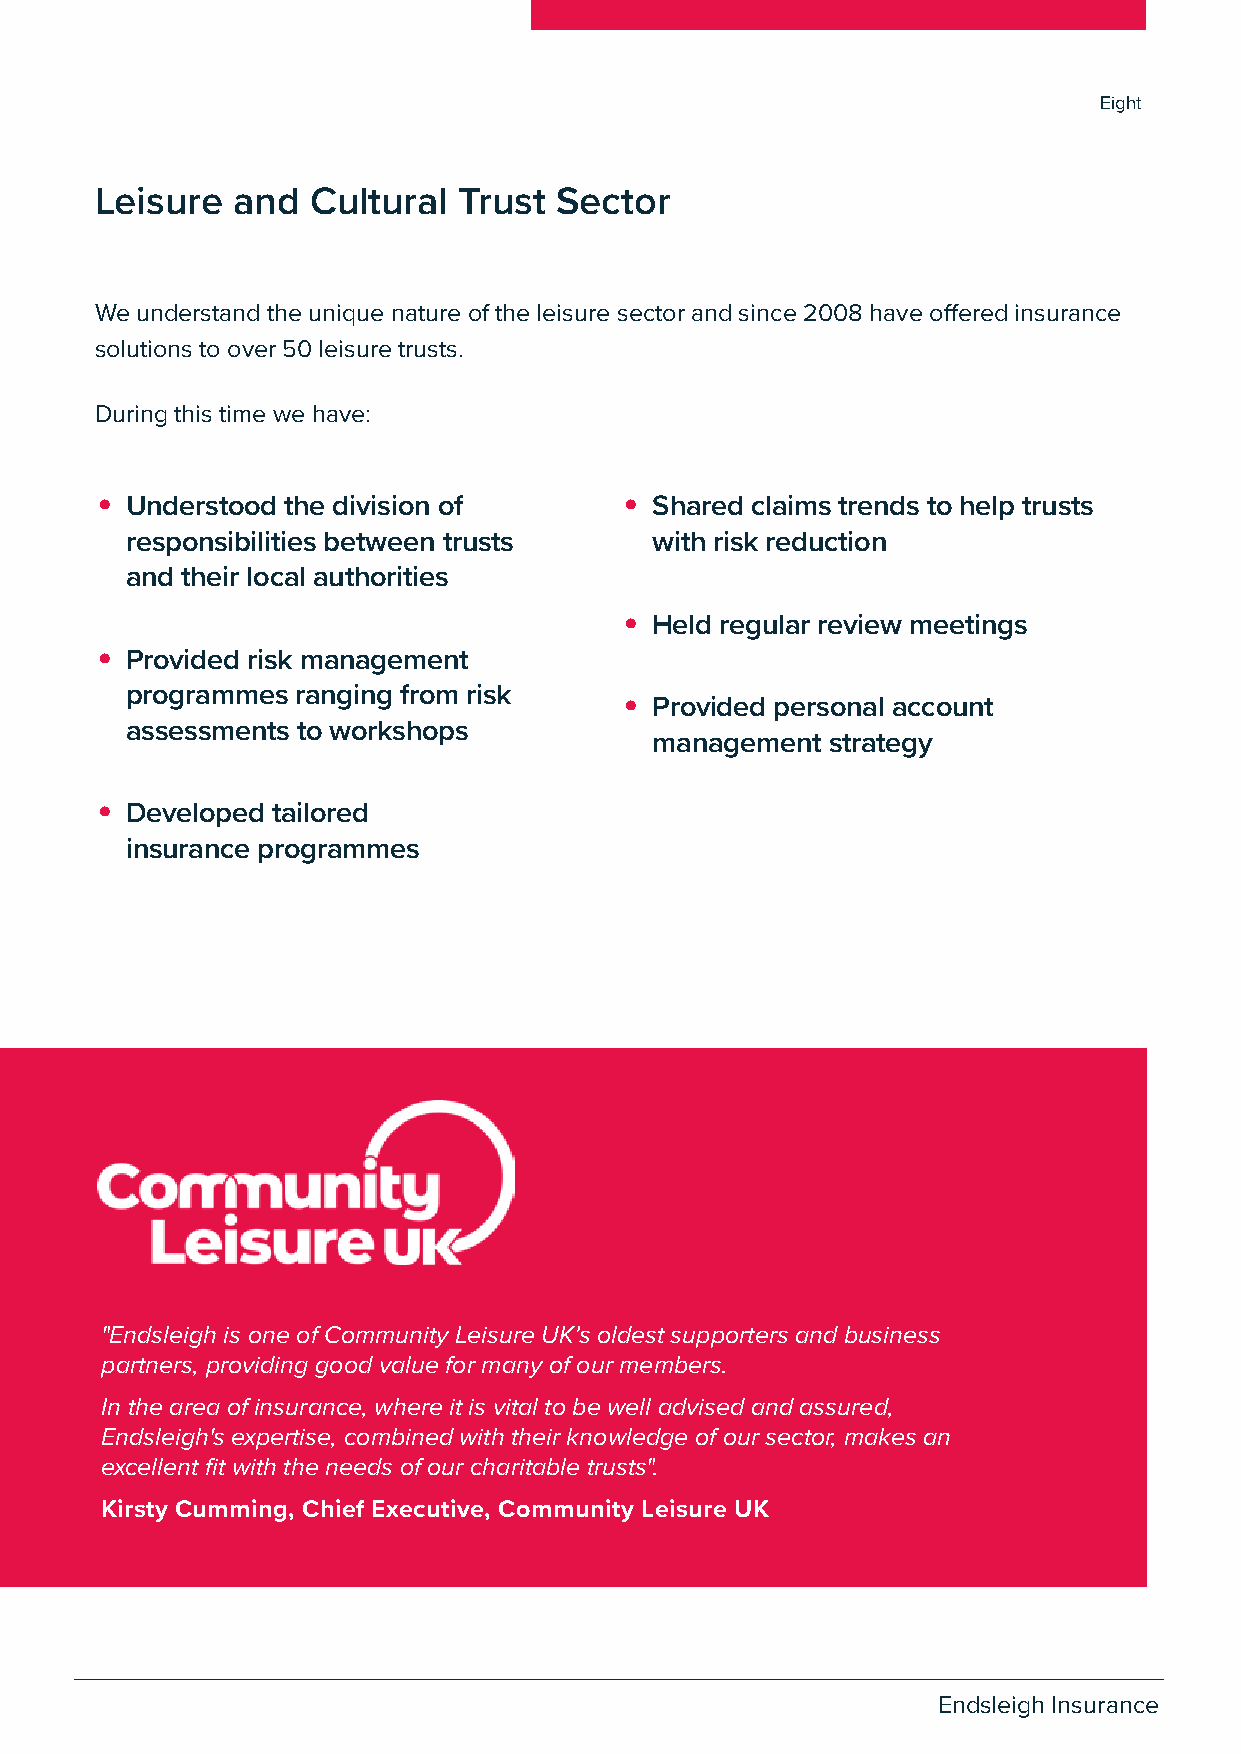
Eight
 Leisure  and   Cultural Trust  Sector
 We understand the unique nature of the leisure sector and since 2008 have offered insurance
 solutions to over 50 leisure trusts.
 During this time we have:
 •                                  •
 Understood the division of         Shared claims trends to help trusts
 responsibilities between trusts    with risk reduction
 and their local authorities
 •
 Held regular review meetings
 •
 Provided risk management
 programmes  ranging from risk    •
 Provided personal account
 assessments to workshops
 management  strategy
 •
 Developed tailored
 insurance programmes
 "Endsleigh is one of Community Leisure UK’s oldest supporters and business
 partners, providing good value for many of our members.
 In the area of insurance, where it is vital to be well advised and assured,
 Endsleigh's expertise, combined with their knowledge of our sector, makes an
 excellent fit with the needs of our charitable trusts".
 Kirsty Cumming, Chief Executive, Community Leisure UK
 09                    Endsleigh Insurance